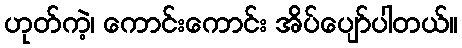
ဟုတ်ကဲ့၊ ကောင်းကောင်း အိပ်ပျော်ပါတယ်။